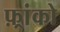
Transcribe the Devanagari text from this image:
फ़्रांको